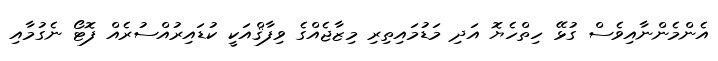
އެންމެންނާއިވެސް ގުޅޭ ހިތްހެޔޮ އަދި މަޑުމައިތިރި މިޒާޖެއްގެ ވިފާޤްއަކީ ކުޑައިރުއްސުރެއް ފޮޓޯ ނެގުމާއި